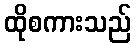
ထိုစကားသည်